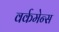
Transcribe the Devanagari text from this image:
वर्कमेन्स